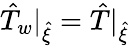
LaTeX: \hat{T}_{w}|_{\hat{\xi}}=\hat{T}|_{\hat{\xi}}